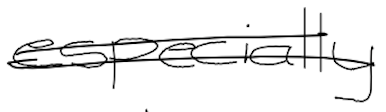
Text: especially
Cross-out: double-line
Writing tool: digital_black